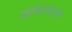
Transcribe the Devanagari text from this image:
जाफरबानी